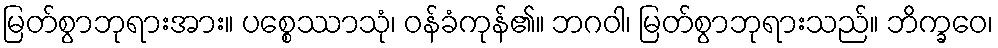
မြတ်စွာဘုရားအား။ ပစ္စေဿာသုံ၊ ဝန်ခံကုန်၏။ ဘဂဝါ၊ မြတ်စွာဘုရားသည်။ ဘိက္ခဝေ၊